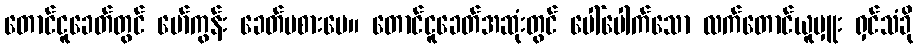
တောင်ငူခေတ်တွင် မော်ကွန်း ခေတ်မစားပေ။ တောင်ငူခေတ်အဆုံးတွင် ပေါ်ပေါက်သော လက်တောင်ယူမှူး ရှင်သံခို